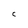
Character: C